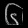
Digit: ၆